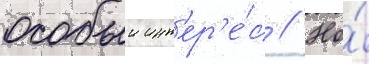
особыи инт'ер'е́с // Но́